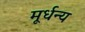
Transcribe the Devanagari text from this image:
मूर्धन्‍य